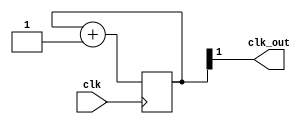
`timescale 1ns / 1ps
//////////////////////////////////////////////////////////////////////////////////
// Company: 
// Engineer: 
// 
// Design Name: 
// Module Name: clock_50Mhz
// Project Name: 
// Target Devices: 
// Tool Versions: 
// Description: 
// 
// Dependencies: 
// 
// Revision:
// Revision 0.01 - File Created
// Additional Comments:
// 
//////////////////////////////////////////////////////////////////////////////////


module clock_50Mhz(clk_out,clk);
input clk;
output clk_out;
reg [1:0] num;
wire [1:0] next_num;

always @(negedge clk) begin
  num <= next_num;
end

assign next_num = num + 1'b1;
assign clk_out=num[1];
endmodule